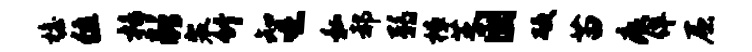
檐位栝彭裴竹知噫私郝弱樟芝固硬苗痕侔屈